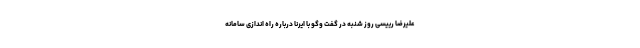
علیرضا رییسی روز شنبه در گفت‌ وگو با ایرنا درباره راه اندازی سامانه